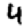
Digit: 4